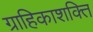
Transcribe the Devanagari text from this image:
ग्राहिकाशक्ति